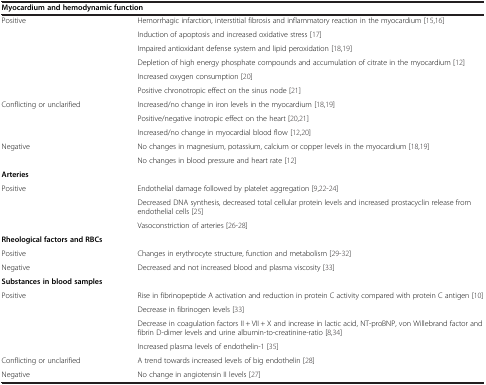
<table><thead><tr><td colspan="2"><b>Myocardium and hemodynamic function</b></td></tr></thead><tbody><tr><td rowspan="6">Positive</td><td>Hemorrhagic infarction, interstitial fibrosis and inflammatory reaction in the myocardium [15,16]</td></tr><tr><td>Induction of apoptosis and increased oxidative stress [17]</td></tr><tr><td>Impaired antioxidant defense system and lipid peroxidation [18,19]</td></tr><tr><td>Depletion of high energy phosphate compounds and accumulation of citrate in the myocardium [12]</td></tr><tr><td>Increased oxygen consumption [20]</td></tr><tr><td>Positive chronotropic effect on the sinus node [21]</td></tr><tr><td rowspan="3">Conflicting or unclarified</td><td>Increased/no change in iron levels in the myocardium [18,19]</td></tr><tr><td>Positive/negative inotropic effect on the heart [20,21]</td></tr><tr><td>Increased/no change in myocardial blood flow [12,20]</td></tr><tr><td rowspan="2">Negative</td><td>No changes in magnesium, potassium, calcium or copper levels in the myocardium [18,19]</td></tr><tr><td>No changes in blood pressure and heart rate [12]</td></tr><tr><td colspan="2"><b>Arteries</b></td></tr><tr><td rowspan="3">Positive</td><td>Endothelial damage followed by platelet aggregation [9,22-24]</td></tr><tr><td>Decreased DNA synthesis, decreased total cellular protein levels and increased prostacyclin release from endothelial cells [25]</td></tr><tr><td>Vasoconstriction of arteries [26-28]</td></tr><tr><td colspan="2"><b>Rheological factors and RBCs</b></td></tr><tr><td>Positive</td><td>Changes in erythrocyte structure, function and metabolism [29-32]</td></tr><tr><td>Negative</td><td>Decreased and not increased blood and plasma viscosity [33]</td></tr><tr><td colspan="2"><b>Substances in blood samples</b></td></tr><tr><td rowspan="4">Positive</td><td>Rise in fibrinopeptide A activation and reduction in protein C activity compared with protein C antigen [10]</td></tr><tr><td>Decrease in fibrinogen levels [33]</td></tr><tr><td>Decrease in coagulation factors II + VII + X and increase in lactic acid, NT-proBNP, von Willebrand factor and fibrin D-dimer levels and urine albumin-to-creatinine-ratio [8,34]</td></tr><tr><td>Increased plasma levels of endothelin-1 [35]</td></tr><tr><td>Conflicting or unclarified</td><td>A trend towards increased levels of big endothelin [28]</td></tr><tr><td>Negative</td><td>No change in angiotensin II levels [27]</td></tr></tbody></table>